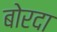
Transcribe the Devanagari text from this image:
बोरदा